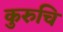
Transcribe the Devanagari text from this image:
कुरुचि